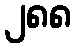
၂၈၈